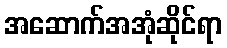
အဆောက်အအုံဆိုင်ရာ